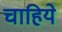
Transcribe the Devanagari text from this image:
चाहिये